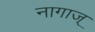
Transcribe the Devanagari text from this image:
नागाज्